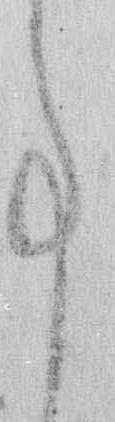
事